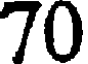
70